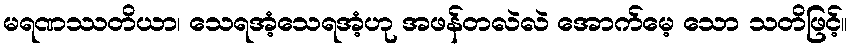
မရဏဿတိယာ၊ သေရအံ့သေရအံ့ဟု အဖန်တလဲလဲ အောက်မေ့ သော သတိဖြင့်။